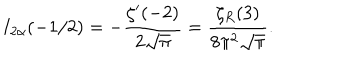
I _ { 2 \alpha } ( - 1 / 2 ) = - \frac { \zeta ^ { \prime } ( - 2 ) } { 2 \sqrt \pi } = \frac { \zeta _ { R } ( 3 ) } { 8 \pi ^ { 2 } \sqrt \pi } { . }